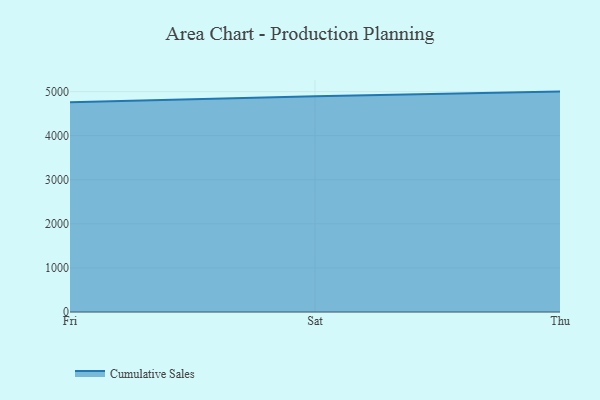
{"axis": {"x": "Day", "y": "Conversion Rate (%)"}, "legend": ["Cumulative Sales"], "data": [{"x": "Fri", "y": 4756.7, "type": "Cumulative Sales"}, {"x": "Sat", "y": 4896.5, "type": "Cumulative Sales"}, {"x": "Thu", "y": 5000, "type": "Cumulative Sales"}]}